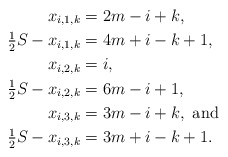
\begin{align*}x_{i,1,k} &= 2m-i+k, \\\tfrac{1}{2} S -x_{i,1,k} &= 4m+i-k+1, \\x_{i,2,k} &= i, \\\tfrac{1}{2} S - x_{i,2,k} &= 6m-i+1, \\x_{i,3,k} &= 3m-i+k, \mbox{ and } \\\tfrac{1}{2} S - x_{i,3,k} &= 3m+i-k+1. \end{align*}